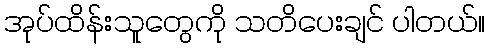
အုပ်ထိန်းသူတွေကို သတိပေးချင် ပါတယ်။